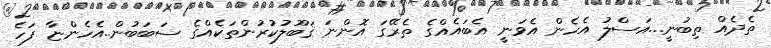
ތެދެއް ތިބުނީ...އަސްލު އެހެން އެވަނީ އެބައެއްގެ ތެރޭގަ އޮންނަ ޤަބޫލުކުރުންތަކެއްގެ ސަބަބުން..އެހެންޏާ ފަހެ